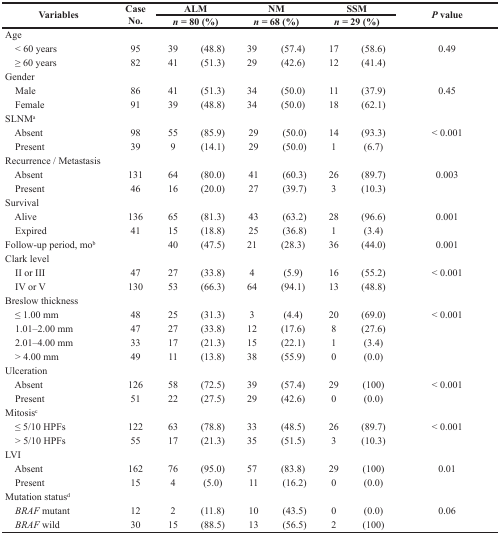
<table><thead><tr><td rowspan="2"><b>Variables</b></td><td rowspan="2"><b>Case No.</b></td><td colspan="2"><b>ALM</b></td><td colspan="2"><b>NM</b></td><td colspan="2"><b>SSM</b></td><td rowspan="2"><b><i>P</i> value</b></td></tr><tr><td colspan="2"><b><i>n</i> = 80 (%)</b></td><td colspan="2"><b><i>n</i> = 68 (%)</b></td><td colspan="2"><b><i>n</i> = 29 (%)</b></td></tr></thead><tbody><tr><td>Age</td><td></td><td></td><td></td><td></td><td></td><td></td><td></td><td></td></tr><tr><td> &lt; 60 years</td><td>95</td><td>39</td><td>(48.8)</td><td>39</td><td>(57.4)</td><td>17</td><td>(58.6)</td><td>0.49</td></tr><tr><td> ≥ 60 years</td><td>82</td><td>41</td><td>(51.3)</td><td>29</td><td>(42.6)</td><td>12</td><td>(41.4)</td><td></td></tr><tr><td>Gender</td><td></td><td></td><td></td><td></td><td></td><td></td><td></td><td></td></tr><tr><td> Male</td><td>86</td><td>41</td><td>(51.3)</td><td>34</td><td>(50.0)</td><td>11</td><td>(37.9)</td><td>0.45</td></tr><tr><td> Female</td><td>91</td><td>39</td><td>(48.8)</td><td>34</td><td>(50.0)</td><td>18</td><td>(62.1)</td><td></td></tr><tr><td>SLNM<sup>a</sup></td><td></td><td></td><td></td><td></td><td></td><td></td><td></td><td></td></tr><tr><td> Absent</td><td>98</td><td>55</td><td>(85.9)</td><td>29</td><td>(50.0)</td><td>14</td><td>(93.3)</td><td>&lt; 0.001</td></tr><tr><td> Present</td><td>39</td><td>9</td><td>(14.1)</td><td>29</td><td>(50.0)</td><td>1</td><td>(6.7)</td><td></td></tr><tr><td>Recurrence / Metastasis</td><td></td><td></td><td></td><td></td><td></td><td></td><td></td><td></td></tr><tr><td> Absent</td><td>131</td><td>64</td><td>(80.0)</td><td>41</td><td>(60.3)</td><td>26</td><td>(89.7)</td><td>0.003</td></tr><tr><td> Present</td><td>46</td><td>16</td><td>(20.0)</td><td>27</td><td>(39.7)</td><td>3</td><td>(10.3)</td><td></td></tr><tr><td>Survival</td><td></td><td></td><td></td><td></td><td></td><td></td><td></td><td></td></tr><tr><td> Alive</td><td>136</td><td>65</td><td>(81.3)</td><td>43</td><td>(63.2)</td><td>28</td><td>(96.6)</td><td>0.001</td></tr><tr><td> Expired</td><td>41</td><td>15</td><td>(18.8)</td><td>25</td><td>(36.8)</td><td>1</td><td>(3.4)</td><td></td></tr><tr><td>Follow-up period, mo<sup>b</sup></td><td></td><td>40</td><td>(47.5)</td><td>21</td><td>(28.3)</td><td>36</td><td>(44.0)</td><td>0.001</td></tr><tr><td>Clark level</td><td></td><td></td><td></td><td></td><td></td><td></td><td></td><td></td></tr><tr><td> II or III</td><td>47</td><td>27</td><td>(33.8)</td><td>4</td><td>(5.9)</td><td>16</td><td>(55.2)</td><td>&lt; 0.001</td></tr><tr><td> IV or V</td><td>130</td><td>53</td><td>(66.3)</td><td>64</td><td>(94.1)</td><td>13</td><td>(48.8)</td><td></td></tr><tr><td>Breslow thickness</td><td></td><td></td><td></td><td></td><td></td><td></td><td></td><td></td></tr><tr><td> ≤ 1.00 mm</td><td>48</td><td>25</td><td>(31.3)</td><td>3</td><td>(4.4)</td><td>20</td><td>(69.0)</td><td>&lt; 0.001</td></tr><tr><td> 1.01–2.00 mm</td><td>47</td><td>27</td><td>(33.8)</td><td>12</td><td>(17.6)</td><td>8</td><td>(27.6)</td><td></td></tr><tr><td> 2.01–4.00 mm</td><td>33</td><td>17</td><td>(21.3)</td><td>15</td><td>(22.1)</td><td>1</td><td>(3.4)</td><td></td></tr><tr><td> &gt; 4.00 mm</td><td>49</td><td>11</td><td>(13.8)</td><td>38</td><td>(55.9)</td><td>0</td><td>(0.0)</td><td></td></tr><tr><td>Ulceration</td><td></td><td></td><td></td><td></td><td></td><td></td><td></td><td></td></tr><tr><td> Absent</td><td>126</td><td>58</td><td>(72.5)</td><td>39</td><td>(57.4)</td><td>29</td><td>(100)</td><td>&lt; 0.001</td></tr><tr><td> Present</td><td>51</td><td>22</td><td>(27.5)</td><td>29</td><td>(42.6)</td><td>0</td><td>(0.0)</td><td></td></tr><tr><td>Mitosis<sup>c</sup></td><td></td><td></td><td></td><td></td><td></td><td></td><td></td><td></td></tr><tr><td> ≤ 5/10 HPFs</td><td>122</td><td>63</td><td>(78.8)</td><td>33</td><td>(48.5)</td><td>26</td><td>(89.7)</td><td>&lt; 0.001</td></tr><tr><td> &gt; 5/10 HPFs</td><td>55</td><td>17</td><td>(21.3)</td><td>35</td><td>(51.5)</td><td>3</td><td>(10.3)</td><td></td></tr><tr><td>LVI</td><td></td><td></td><td></td><td></td><td></td><td></td><td></td><td></td></tr><tr><td> Absent</td><td>162</td><td>76</td><td>(95.0)</td><td>57</td><td>(83.8)</td><td>29</td><td>(100)</td><td>0.01</td></tr><tr><td> Present</td><td>15</td><td>4</td><td>(5.0)</td><td>11</td><td>(16.2)</td><td>0</td><td>(0.0)</td><td></td></tr><tr><td>Mutation status<sup>d</sup></td><td></td><td></td><td></td><td></td><td></td><td></td><td></td><td></td></tr><tr><td> <i>BRAF</i> mutant</td><td>12</td><td>2</td><td>(11.8)</td><td>10</td><td>(43.5)</td><td>0</td><td>(0.0)</td><td>0.06</td></tr><tr><td> <i>BRAF</i> wild</td><td>30</td><td>15</td><td>(88.5)</td><td>13</td><td>(56.5)</td><td>2</td><td>(100)</td><td></td></tr></tbody></table>